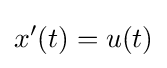
x'(t)=u(t)